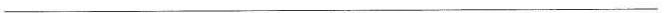
___